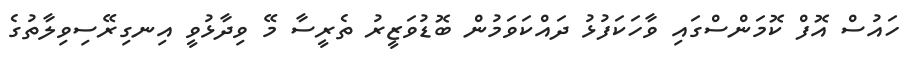
ހައުސް އޮފް ކޮމަންސްގައި ވާހަކަފުޅު ދައްކަވަމުން ބޮޑުވަޒީރު ތެރީސާ މޭ ވިދާޅުވީ އިނގިރޭސިވިލާތުގެ